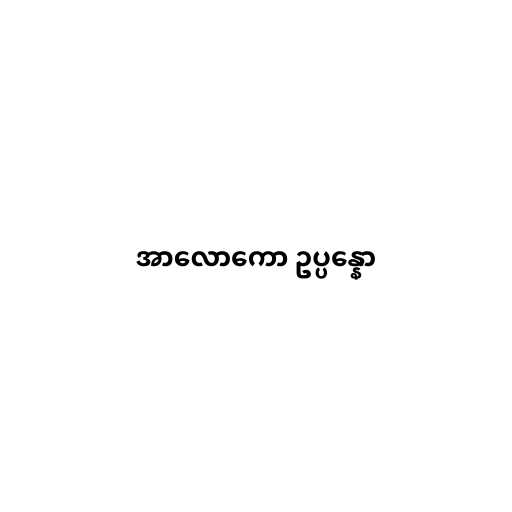
အာလောကော ဥပ္ပန္နော